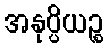
အနုပ္ပိယဉ္စ